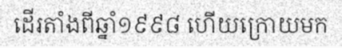
ដើរតាំងពីឆ្នាំ១៩៩៨ ហើយក្រោយមក